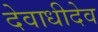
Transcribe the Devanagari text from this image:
देवाधीदेव